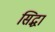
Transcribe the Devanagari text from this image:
सिद्धां